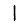
Digit: 1